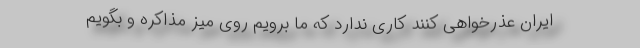
ایران عذرخواهی کنند کاری ندارد که ما برویم روی میز مذاکره و بگویم